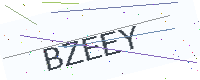
Text: BZEEY